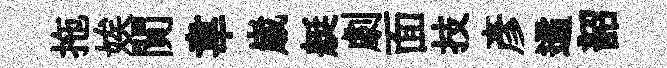
拖娭閴韋𡻕艇劇面技彥遹韶